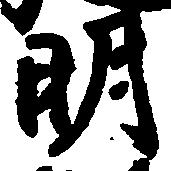
明